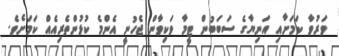
ވަރުވާ ކަމަށާއި އަނިޔާގެ ސަބަބުން ޓީމާ ވަކިވާން ޖެހުނީ އެންމެ ކުޅުންތެރިއެއް ކަމަށެވެ.